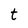
Character: t